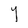
Character: Y